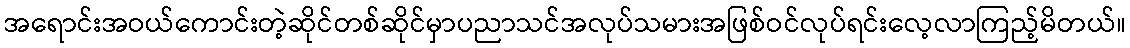
အရောင်းအဝယ်ကောင်းတဲ့ဆိုင်တစ်ဆိုင်မှာပညာသင်အလုပ်သမားအဖြစ်ဝင်လုပ်ရင်းလေ့လာကြည့်မိတယ်။